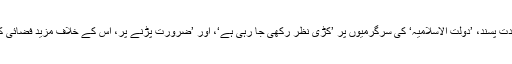
تاہم، اُنھوں نے کہا کہ شدت پسند، ’دولت الاسلامیہ‘ کی سرگرمیوں پر ’کڑی نظر رکھی جا رہی ہے‘، اور ’ضرورت پڑنے پر، اُس کے خلاف مزید فضائی کارروائیاں کی جائیں گی۔